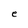
Character: e